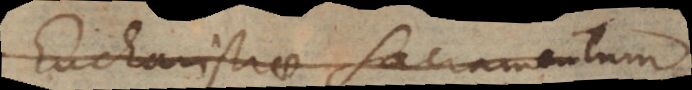
Eucharistiae Sacramentum